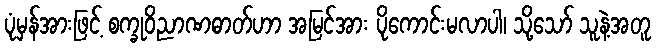
ပုံမှန်အားဖြင့် စက္ခုဝိညာဏဓာတ်ဟာ အမြင်အား ပိုကောင်းမလာပါ၊ သို့သော် သူနဲ့အတူ